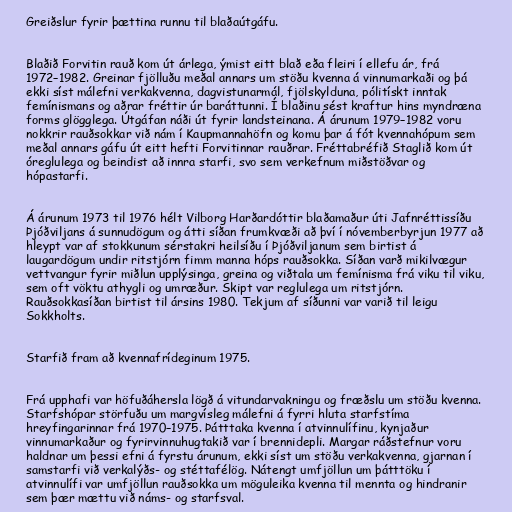
Greiðslur fyrir þættina runnu til blaðaútgáfu.

Blaðið Forvitin rauð kom út árlega, ýmist eitt blað eða fleiri í ellefu ár, frá
1972–1982. Greinar fjölluðu meðal annars um stöðu kvenna á vinnumarkaði og þá
ekki síst málefni verkakvenna, dagvistunarmál, fjölskylduna, pólitískt inntak
femínismans og aðrar fréttir úr baráttunni. Í blaðinu sést kraftur hins myndræna
forms glögglega. Útgáfan náði út fyrir landsteinana. Á árunum 1979–1982 voru
nokkrir rauðsokkar við nám í Kaupmannahöfn og komu þar á fót kvennahópum sem
meðal annars gáfu út eitt hefti Forvitinnar rauðrar. Fréttabréfið Staglið kom út
óreglulega og beindist að innra starfi, svo sem verkefnum miðstöðvar og
hópastarfi.

Á árunum 1973 til 1976 hélt Vilborg Harðardóttir blaðamaður úti Jafnréttissíðu
Þjóðviljans á sunnudögum og átti síðan frumkvæði að því í nóvemberbyrjun 1977 að
hleypt var af stokkunum sérstakri heilsíðu í Þjóðviljanum sem birtist á
laugardögum undir ritstjórn fimm manna hóps rauðsokka. Síðan varð mikilvægur
vettvangur fyrir miðlun upplýsinga, greina og viðtala um femínisma frá viku til viku,
sem oft vöktu athygli og umræður. Skipt var reglulega um ritstjórn.
Rauðsokkasíðan birtist til ársins 1980. Tekjum af síðunni var varið til leigu
Sokkholts.

Starfið fram að kvennafrídeginum 1975.

Frá upphafi var höfuðáhersla lögð á vitundarvakningu og fræðslu um stöðu kvenna.
Starfshópar störfuðu um margvísleg málefni á fyrri hluta starfstíma
hreyfingarinnar frá 1970–1975. Þátttaka kvenna í atvinnulífinu, kynjaður
vinnumarkaður og fyrirvinnuhugtakið var í brennidepli. Margar ráðstefnur voru
haldnar um þessi efni á fyrstu árunum, ekki síst um stöðu verkakvenna, gjarnan í
samstarfi við verkalýðs- og stéttafélög. Nátengt umfjöllun um þátttöku í
atvinnulífi var umfjöllun rauðsokka um möguleika kvenna til mennta og hindranir
sem þær mættu við náms- og starfsval.